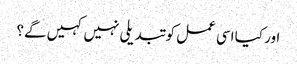
اور کیا اسی عمل کو تبدیلی نہیں کہیں گے؟